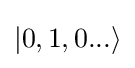
|0,1,0...\rangle